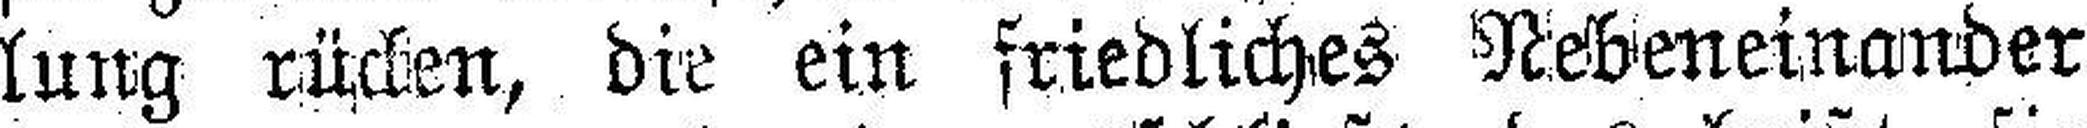
lung rüchen, die ein friedliches Nebeneinander